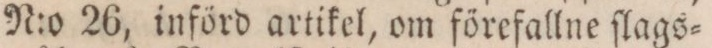
N:o 26, införd artikel, om förefallne ſlags=